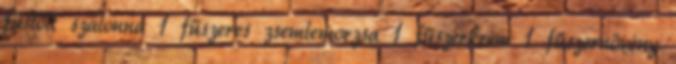
füstölt szalonna 1 fűszeres zsemlemorzsa 1 fűszerkrém 1 fűszernövény